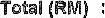
TOTAL (RM) :